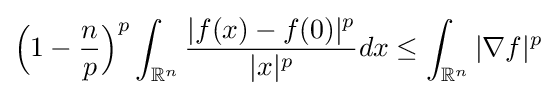
{\Big (}1-{\frac {n}{p}}{\Big )}^{p}\int _{\mathbb {R} ^{n}}{\frac {\vert f(x)-f(0)\vert ^{p}}{|x|^{p}}}dx\leq \int _{\mathbb {R} ^{n}}\vert \nabla f\vert ^{p}